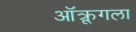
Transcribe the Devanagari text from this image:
ऑक्रूगला